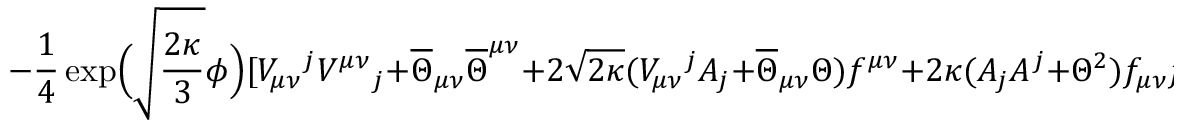
- \frac { 1 } { 4 } \exp \! \Big ( \sqrt { \frac { 2 \kappa } { 3 } } \phi \Big ) [ V _ { \mu \nu } { } ^ { j } V ^ { \mu \nu } { } _ { j } + \overline { { { \Theta } } } _ { \mu \nu } \overline { { { \Theta } } } ^ { \mu \nu } + 2 \sqrt { 2 \kappa } ( V _ { \mu \nu } { } ^ { j } A _ { j } + \overline { { { \Theta } } } _ { \mu \nu } \Theta ) f ^ { \mu \nu } + 2 \kappa ( A _ { j } A ^ { j } + \Theta ^ { 2 } ) f _ { \mu \nu } f ^ { \mu \nu } ]